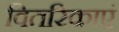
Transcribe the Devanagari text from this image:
वितरिकाएं